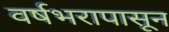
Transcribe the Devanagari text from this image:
वर्षभरापासून